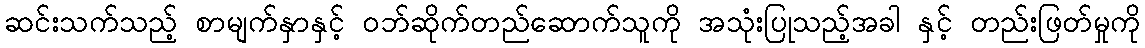
ဆင်းသက်သည့် စာမျက်နှာနှင့် ဝဘ်ဆိုက်တည်ဆောက်သူကို အသုံးပြုသည့်အခါ နှင့် တည်းဖြတ်မှုကို